Civil Veterinary Dept. North-West Frontier Province 1923-32 - 1923-1932
Year: 1923
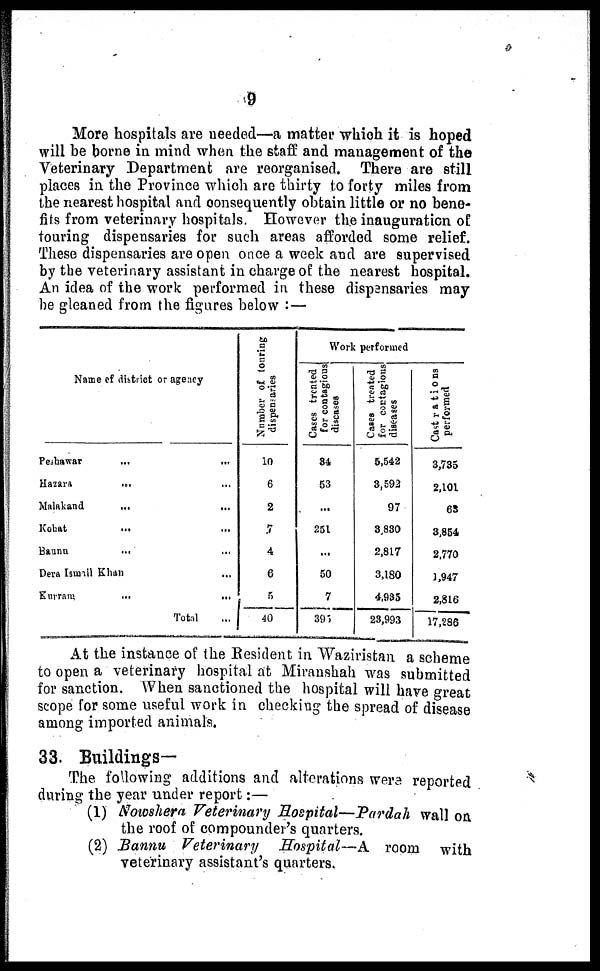
9
More hospitals are needed—a matter which it is hoped
will be borne in mind when the staff and management of the
Veterinary Department are reorganised. There are still
places in the Province which are thirty to forty miles from
the nearest hospital and consequently obtain little or no bene-
fits from veterinary hospitals. However the inauguration of
touring dispensaries for such areas afforded some relief.
These dispensaries are open once a week and are supervised
by the veterinary assistant in charge of the nearest hospital.
An idea of the work performed in these dispensaries may
be gleaned from the figures below :—
Name of district or agency
Peshawar
...
…
Hazara
... ...
Malakand
...
...
Kohat … …
Baunu
... ...
Dera Ismail Khan ...
Kurram
…
…
Total …
Number of touring
dispensaries
10
6
2
7
4
6
5
40
Work performed
Cases treated
for contagious
diseases
34
53
...
251
...
50
7
395
Cases treated
for contagious
diseases
5,542
3,592
97
3,830
2,817
3,180
4,935
23,993
Castrations
performed
3,735
2,101
65
3,854
2,770
3,947
2,816
17,286
At the instance of the Resident in Waziristan a scheme
to open a veterinary hospital at Miranshah was submitted
for sanction. When sanctioned the hospital will have great
scope for some useful work in checking the spread of disease
among imported animals.
33. Buildings—
The following additions and alterations were reported
during the year under report:—
(1) Nowshera Veterinary Hospital—Pardah wall on
the roof of compounder's quarters.
(2) Bannu Veterinary
Hospital—A room with
veterinary assistant's quarters.